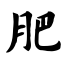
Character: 肥